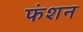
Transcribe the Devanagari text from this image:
फंशन